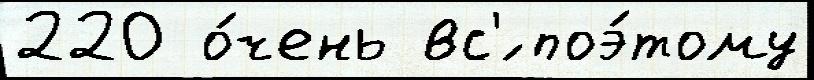
220 о́чень вс'́ поэ́тому